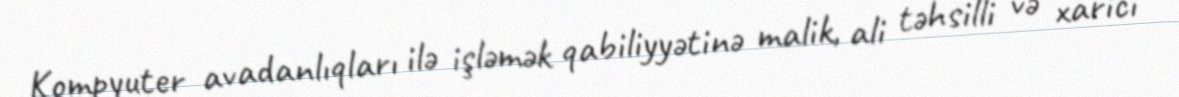
Kompyuter avadanlıqları ilə işləmək qabiliyyətinə malik, ali təhsilli və xarici